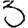
Digit: 3